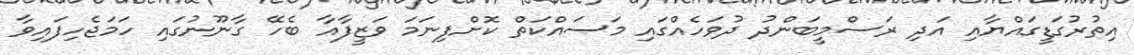
އިތުރުގަޑީގައްޔާއި އަދި ރަސްމީބަންދު ދުވަހެއްގައި މަސައްކަތް ކޮށްފިނަމަ ވަޒީފާއާ ބެހޭ ގާނޫނުގައި ހަމަޖެހިފައިވާ